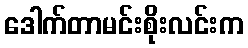
ဒေါက်တာမင်းစိုးလင်းက